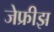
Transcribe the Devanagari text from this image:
जेफ्रीझ